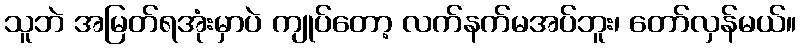
သူဘဲ အမြတ်ရအုံးမှာပဲ ကျုပ်တော့ လက်နက်မအပ်ဘူး၊ တော်လှန်မယ်။